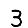
Digit: 3